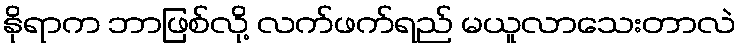
နိုရာက ဘာဖြစ်လို့ လက်ဖက်ရည် မယူလာသေးတာလဲ